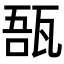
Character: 𤭑